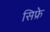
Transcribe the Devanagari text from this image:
सिफ्रे